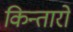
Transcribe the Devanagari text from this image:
किन्तारो